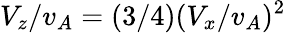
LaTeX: V_{z}/v_{A}=(3/4)(V_{x}/v_{A})^{2}